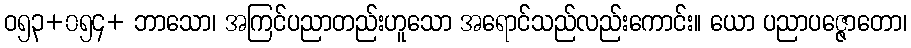
ဝ၅၃+၀၅၄+ ဘာသော၊ အကြင်ပညာတည်းဟူသော အရောင်သည်လည်းကောင်း။ ယော ပညာပဇ္ဇောတော၊